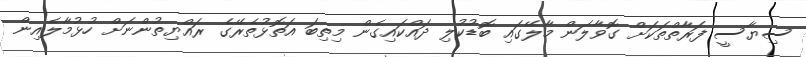
ސިޔާސީ ފަރާތްތަކަށް ގޮވާލަން މާލޭގައި ބޮޑުކުލި ދައްކައިގެން މިތިބަ އަތޮޅުތެރޭގެ ރައްޔިތުންނަށް ހުޅުމާލެއިން